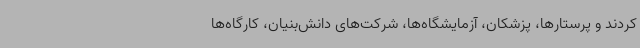
کردند و پرستارها، پزشکان، آزمایشگاه‌ها، شرکت‌های دانش‌بنیان، کارگاه‌ها